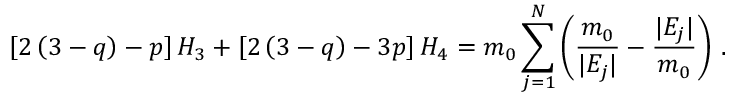
\left[ 2 \left( 3 - q \right) - p \right] H _ { 3 } + \left[ 2 \left( 3 - q \right) - 3 p \right] H _ { 4 } = m _ { 0 } \sum _ { j = 1 } ^ { N } \left( \frac { m _ { 0 } } { \vert E _ { j } \vert } - \frac { \vert E _ { j } \vert } { m _ { 0 } } \right) \, .